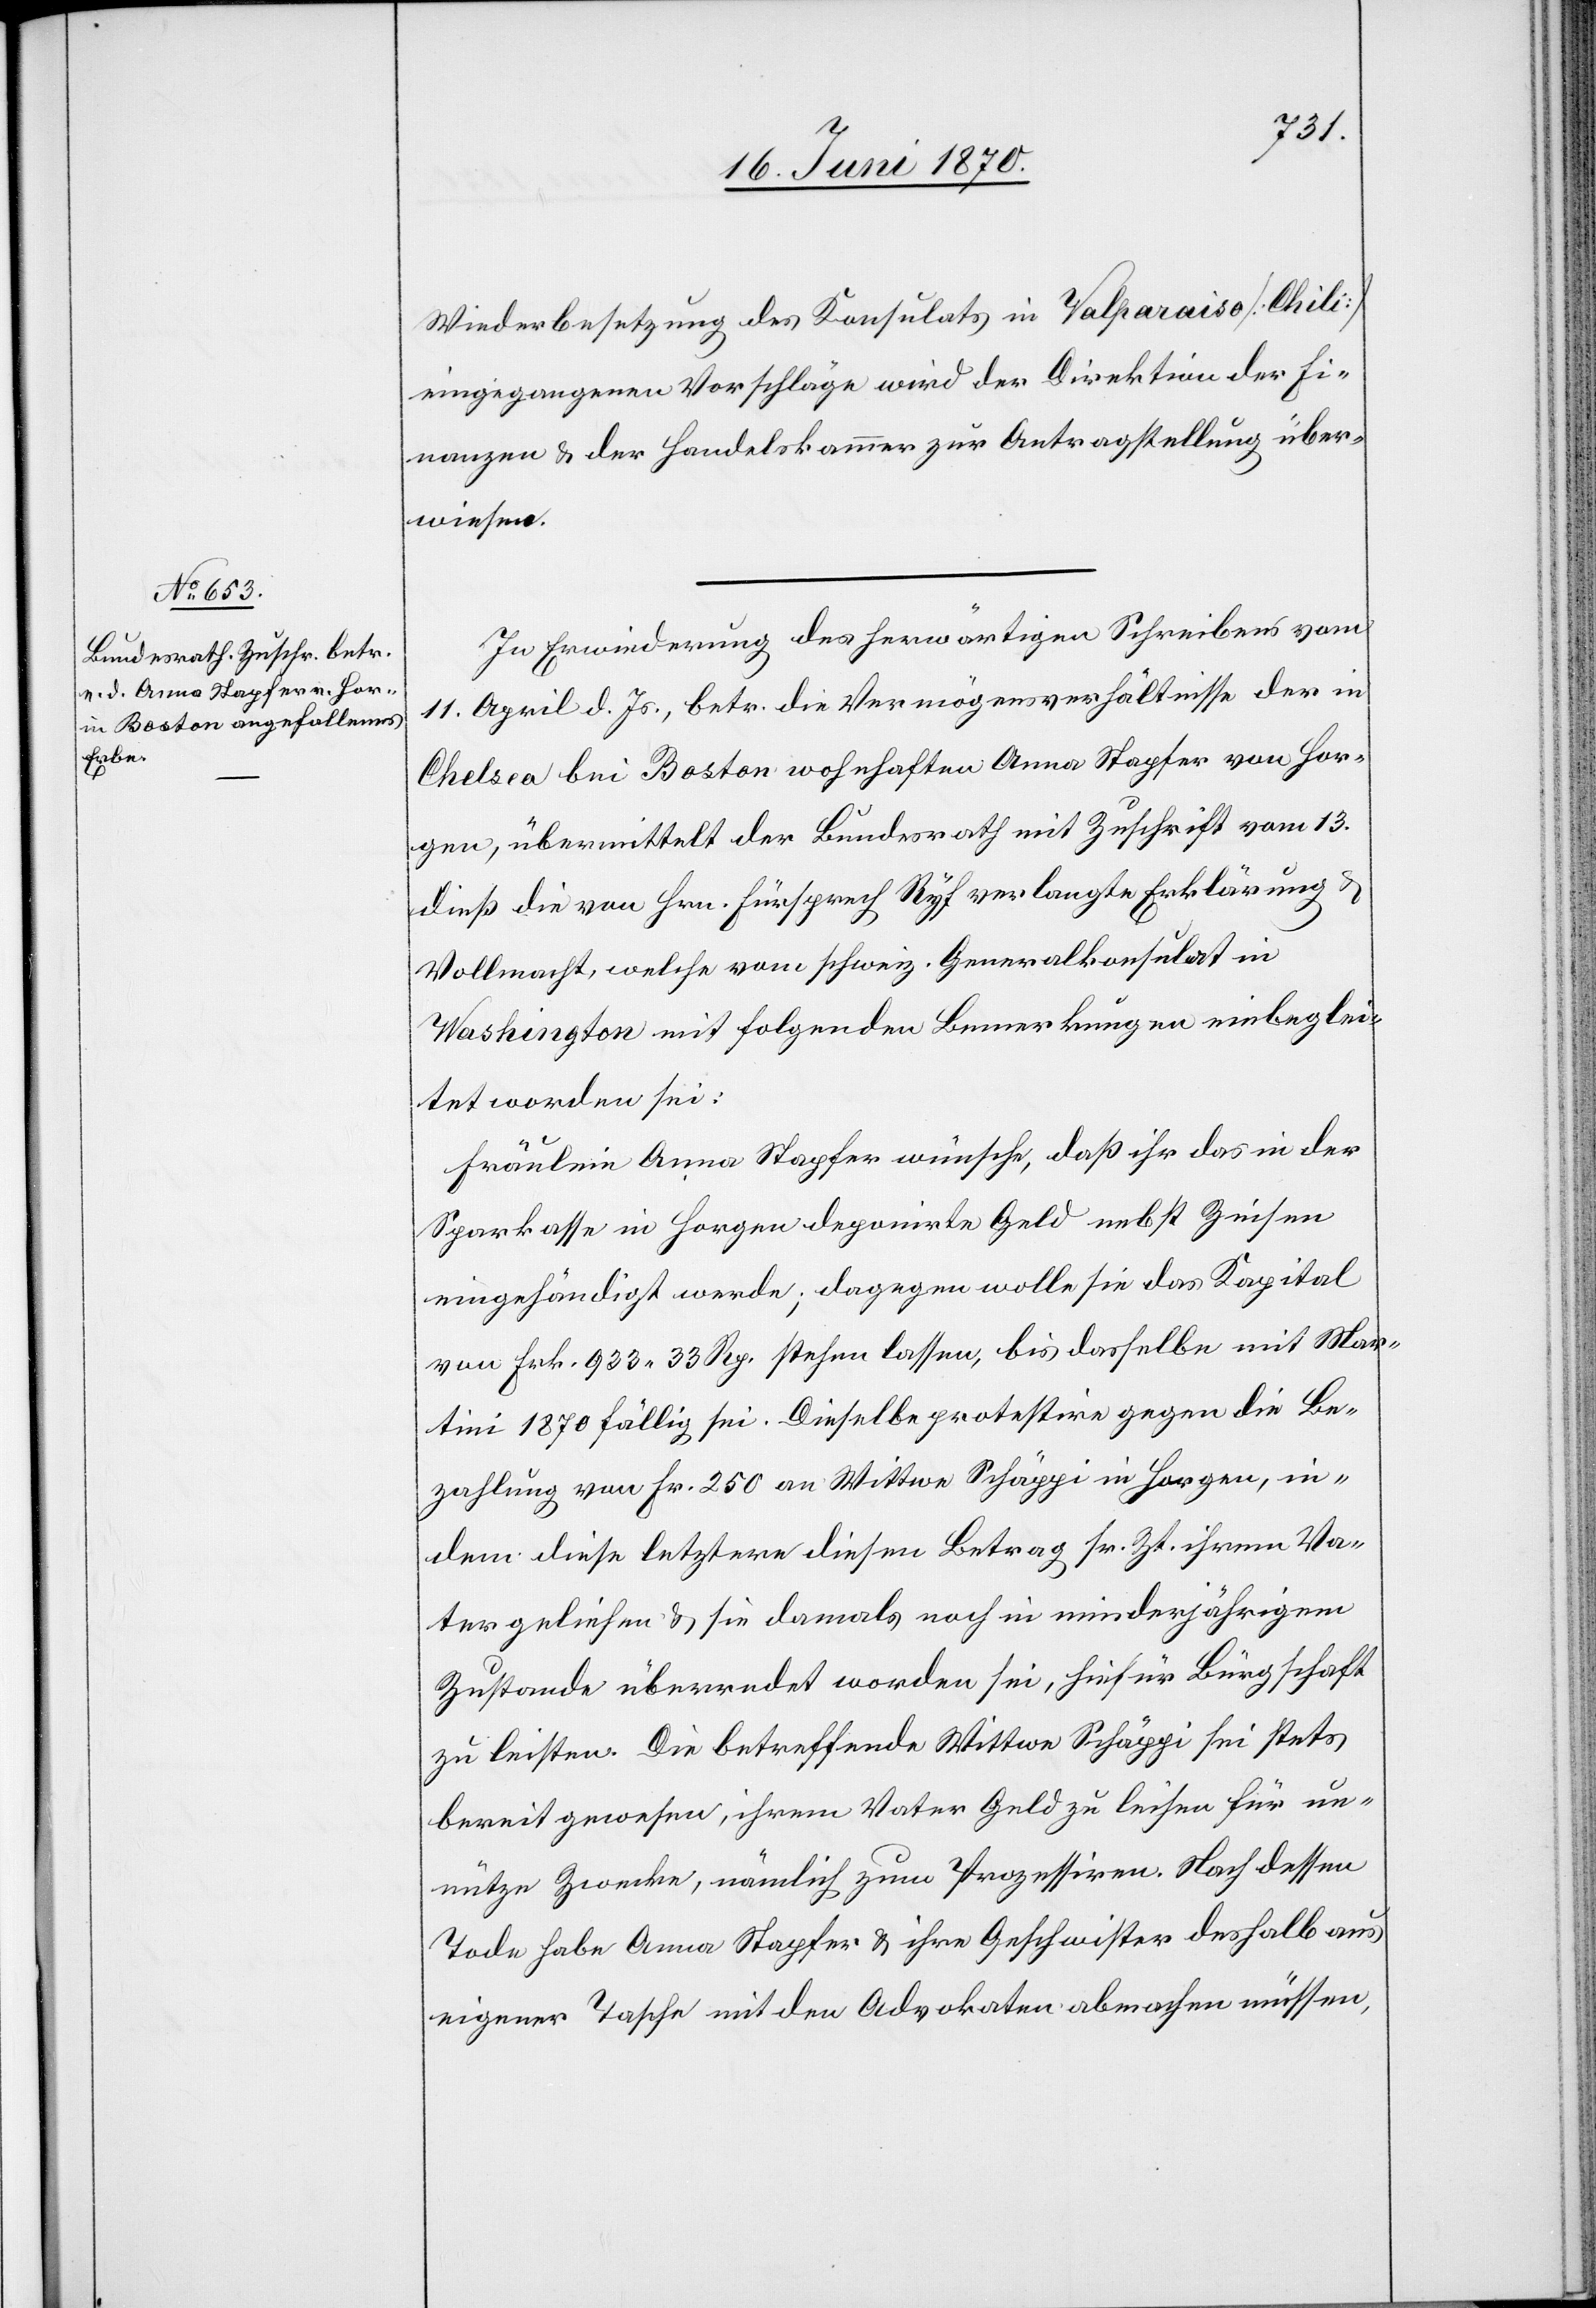
20. Juni 1870.]
Wiederbesetzung des Konsulats in Valparaiso [Chili]
eingegangenen Vorschläge wird der Direktion der Fi¬
nanzen & der Handelskammer zur Antragstellung über¬
wiesen.
In Erwiederung des herwärtigen Schreibens vom
11. April d. Js., betr. die Vermögensverhältnisse der in
Chelsea bei Boston wohnhaften Anna Stapfer von Hor¬
gen, übermittelt der Bundesrath mit Zuschrift vom 13.
dieß die von Hrn. Fürsprech Ryf verlangte Erklärung
Vollmacht, welche vom schweiz. Generalkonsulat in
Washington mit folgenden Bemerkungen eingebglei¬
tet worden sei:
Fräulein Anna Stapfer wünsche, daß ihr das in der
Sparkasse in Horgen deponirte Geld nebst Zinsen
eingehändigt werde; dagegen wolle sie das Kapital
von Frk. 933. 33 Rp. stehen lassen, bis dasselbe mit Mar¬
tini 1870 fällig sei. Dieselbe protestire gegen die Be¬
zahlung von Fr. 250 an Wittwe Schäppi in Horgen, in¬
dem diese letztere diesen Betrag sr. Zt. ihrem Va¬
ter geliehen & sie damals noch in minderjährigem
Zustande überredet worden sei, hiefür Bürgschaft
zu leisten. Die betreffende Wittwe Schäppi sei stets
bereit gewesen, ihrem Vater Geld zu leihen für un¬
nütze Zwecke, nämlich zum Prozessiren. Nach dessen
Tode habe[n] Anna Stapfer & ihre Geschwister deshalb aus
eigener Tasche mit den Advokaten abmachen müssen,